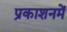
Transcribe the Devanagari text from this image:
प्रकाशनमें